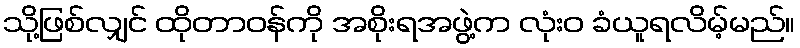
သို့ဖြစ်လျှင် ထိုတာဝန်ကို အစိုးရအဖွဲ့က လုံးဝ ခံယူရလိမ့်မည်။